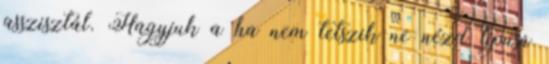
asszisztál. Hagyjuk a ha nem tetszik ne nézd típusú